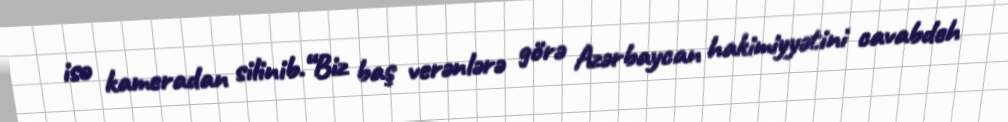
isə kameradan silinib.“Biz baş verənlərə görə Azərbaycan hakimiyyətini cavabdeh